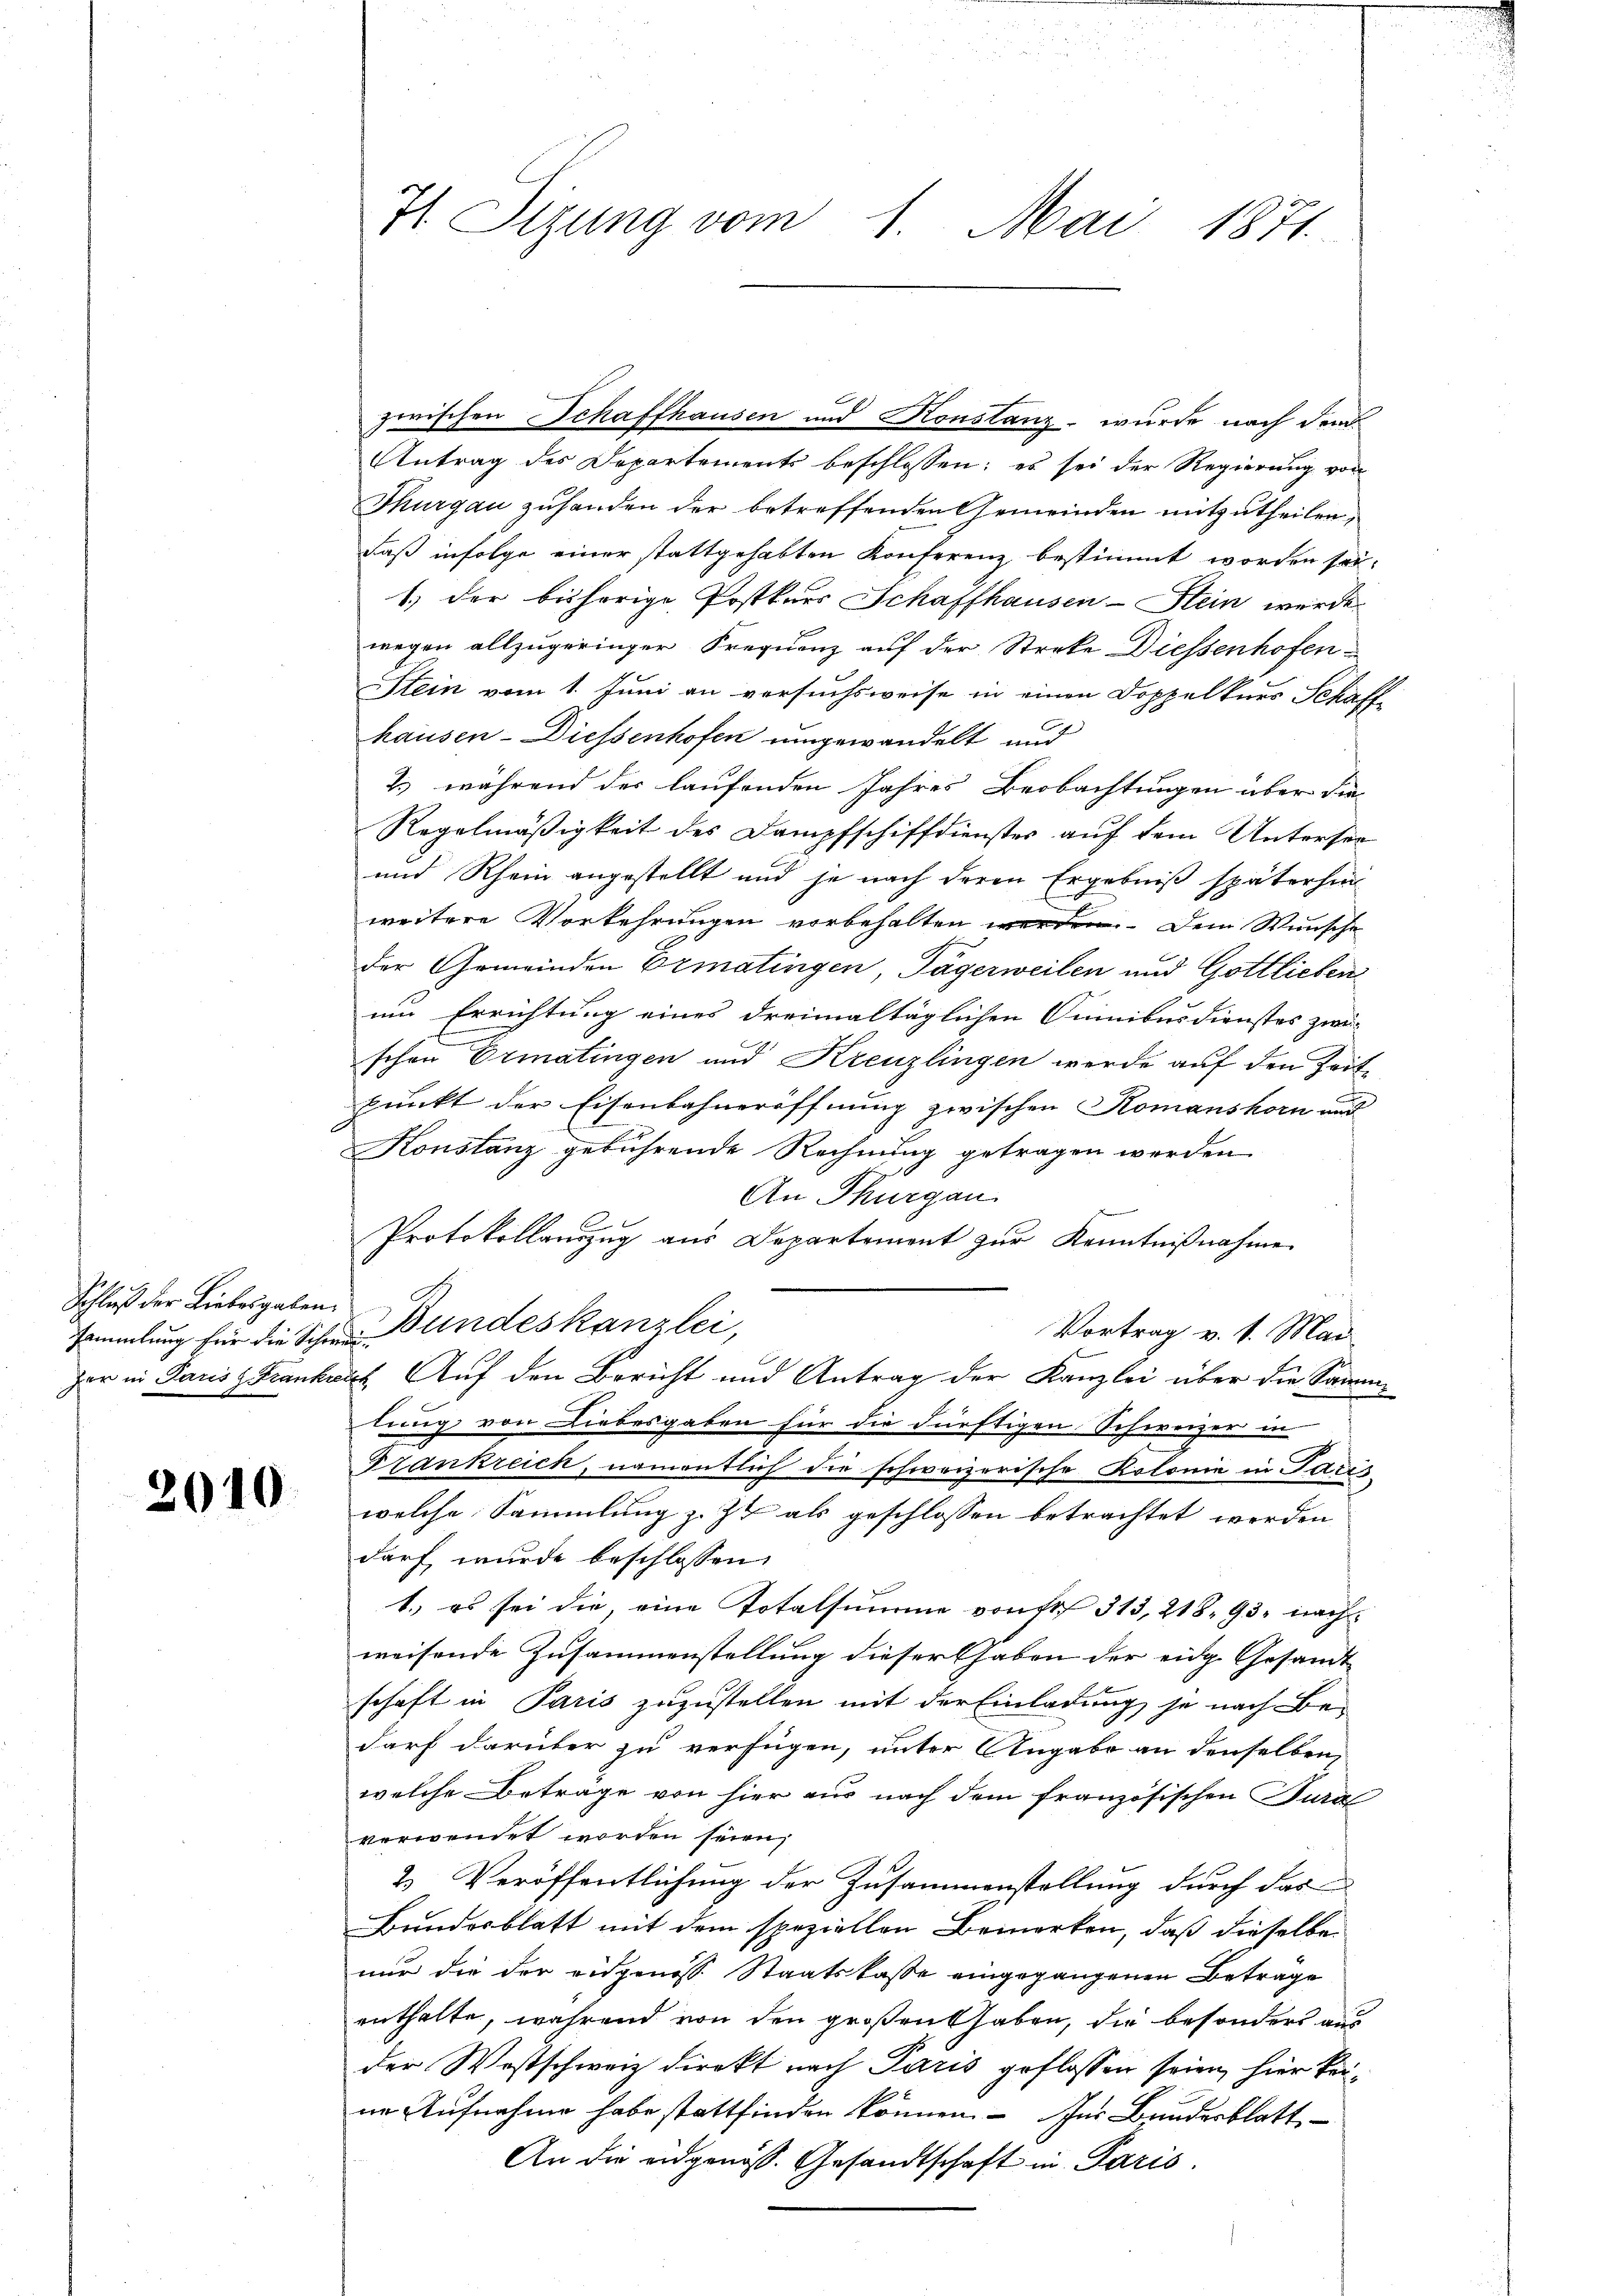
Schluß der Liebesgaben.

2010

Antrag des Departements beschlossen; es sei der Regierung von
Thurgau zuhanden der betreffenden Gemeinden mitzutheilen,
daß infolge einer stattgehabten Konferenz, bestimmt worden sei,
1.) der bisherige Postkurs Schaffhausen-Stein werde
wegen allzugeringer Frequenz auf der Streke Diessenhofen-
Stein vom 1. Juni an versuchsweise in einen Doppelkurs Schaff-
hausen- Diessenhofen umgewandelt und
2. während der laufenden Jahres Beobachtungen über die
Regelmäßigkeit des Dampfschiffdienstes auf dem Untersei¬
und Rhein angestellt und je nach deren Ergebniß späterhin
weitere Vorkehrungen vorbehalten werden. Dem Wunsche
der Gemeinden Ermatingen, Tägerweilen und Gottlieben
um Errichtung eines dreimaltäglichen Omnibus dienstes zwi-
schon Ermatingen und Kreuzlingen werde auf den Zeit
punkt der Eisenbahneröffnung zwischen Komanshorn und
Konstanz gebührende Rechnung getragen werden
An Thurgau
Protokollanzug aus Departemont zur Kenntnißnahme
sammlung für die Schnen Bundeskanzlei,
Vortrag v. 1. Mai
zer in Pause Frankens Auf den Bericht und Antrag der Kanzlei über die Sammlung von Liebesgaben für die dürftigen Schweizer in
Frankreich, namentlich die schweizerische Kolonie in Paris
welche Sammlung z. Zt. als geschlossen betrachtet werden
darf wurde beschlossen,
1. es sei die, eine Totalsumme von fr. 313, 218. 93. nach
weisende Zusammenstellung dieser Gaben der eidg. Gesandt
schaft in Paris zuzustellen mit der Einladung je nach Bedarf darüber zu verfügen, unter Angabe an denselben,
welche Betrage von hier aus nach dem französischen Tura
verwendet worden seien,
2) Veröffentlichung der Zusammenstellung durch das
Bundesblatt mit dem speziellen Bemerken, daß dieselbe
nur die der eidgenoss. Staatskasse eingegangenen Betrage
enthalte, während von den großent haben, die besonders aus
der Wostschweiz direkt nach Paris geflossen seien, hier keine Aufnahme habe stattfinden können. Zur Bundesblatt
An die eidgenöss. Gesandtschaft in Paris.

7t Sizung vom 1. Mai 1871.

zwischen Schaffhausen und Konstanz - wurde nach dem